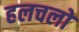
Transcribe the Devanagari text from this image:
हलचलो